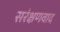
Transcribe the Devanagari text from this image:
सरंक्षणवाद